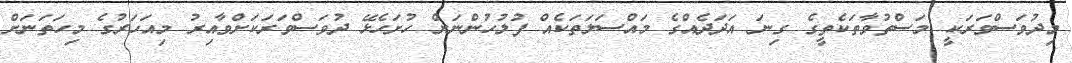
މިދުވަސްވަރަކީ މަސްތުވާތަކެތީގެ ގިނަ އަދަދެއްގެ މައްސަލަތަކެއް ފުލުހުންނަށް ހުށަހެޅޭ ދުވަސްވަރަކަށްވާއިރު މިއަހަރުގެ މިހަތަނަށް